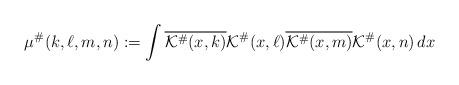
LaTeX: \begin{align*}\mu^{\#}(k,\ell,m,n) := \int\overline{\mathcal{K}^{\#}(x,k)}\mathcal{K}^{\#}(x,\ell)\overline{\mathcal{K}^{\#}(x,m)}\mathcal{K}^{\#}(x,n)\,dx\end{align*}